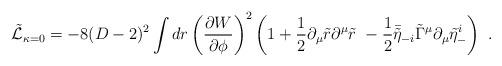
LaTeX: \begin{align*}\tilde{\cal L}_{\kappa=0} = -8(D-2)^2\int dr \left({\partial W\over\partial\phi}\right)^2\left(1+{1\over 2}\partial_{\mu} \tilde r\partial^{\mu} \tilde r\ -{1\over 2}\bar{\tilde\eta}_{-i}\tilde\Gamma^{\mu}\partial_{\mu} \tilde\eta^i_-\right)\ .\end{align*}